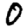
Digit: 0